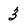
Character: 3